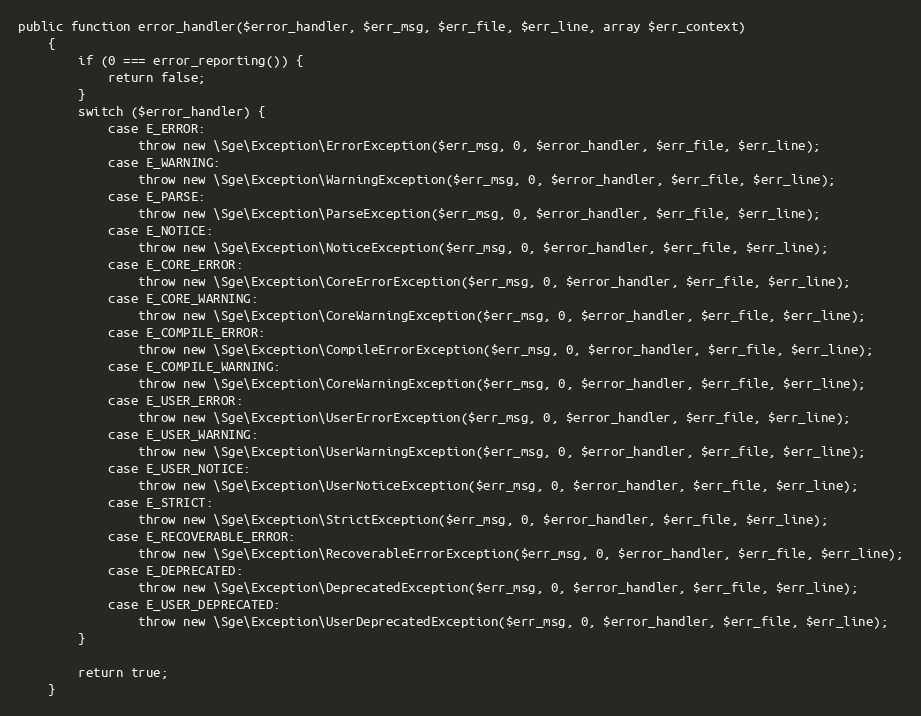
Language: PHP
public function error_handler($error_handler, $err_msg, $err_file, $err_line, array $err_context)
    {
        if (0 === error_reporting()) {
            return false;
        }
        switch ($error_handler) {
            case E_ERROR:
                throw new \Sge\Exception\ErrorException($err_msg, 0, $error_handler, $err_file, $err_line);
            case E_WARNING:
                throw new \Sge\Exception\WarningException($err_msg, 0, $error_handler, $err_file, $err_line);
            case E_PARSE:
                throw new \Sge\Exception\ParseException($err_msg, 0, $error_handler, $err_file, $err_line);
            case E_NOTICE:
                throw new \Sge\Exception\NoticeException($err_msg, 0, $error_handler, $err_file, $err_line);
            case E_CORE_ERROR:
                throw new \Sge\Exception\CoreErrorException($err_msg, 0, $error_handler, $err_file, $err_line);
            case E_CORE_WARNING:
                throw new \Sge\Exception\CoreWarningException($err_msg, 0, $error_handler, $err_file, $err_line);
            case E_COMPILE_ERROR:
                throw new \Sge\Exception\CompileErrorException($err_msg, 0, $error_handler, $err_file, $err_line);
            case E_COMPILE_WARNING:
                throw new \Sge\Exception\CoreWarningException($err_msg, 0, $error_handler, $err_file, $err_line);
            case E_USER_ERROR:
                throw new \Sge\Exception\UserErrorException($err_msg, 0, $error_handler, $err_file, $err_line);
            case E_USER_WARNING:
                throw new \Sge\Exception\UserWarningException($err_msg, 0, $error_handler, $err_file, $err_line);
            case E_USER_NOTICE:
                throw new \Sge\Exception\UserNoticeException($err_msg, 0, $error_handler, $err_file, $err_line);
            case E_STRICT:
                throw new \Sge\Exception\StrictException($err_msg, 0, $error_handler, $err_file, $err_line);
            case E_RECOVERABLE_ERROR:
                throw new \Sge\Exception\RecoverableErrorException($err_msg, 0, $error_handler, $err_file, $err_line);
            case E_DEPRECATED:
                throw new \Sge\Exception\DeprecatedException($err_msg, 0, $error_handler, $err_file, $err_line);
            case E_USER_DEPRECATED:
                throw new \Sge\Exception\UserDeprecatedException($err_msg, 0, $error_handler, $err_file, $err_line);
        }

        return true;
    }